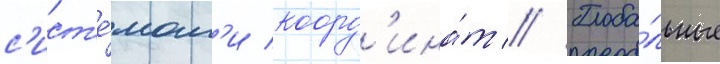
с'ист'е́мам'и коорд'ина́т // Глоба́льные